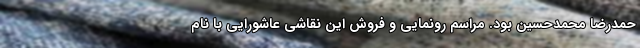
حمدرضا محمدحسین بود. مراسم رونمایی و فروش این نقاشی عاشورایی با نام